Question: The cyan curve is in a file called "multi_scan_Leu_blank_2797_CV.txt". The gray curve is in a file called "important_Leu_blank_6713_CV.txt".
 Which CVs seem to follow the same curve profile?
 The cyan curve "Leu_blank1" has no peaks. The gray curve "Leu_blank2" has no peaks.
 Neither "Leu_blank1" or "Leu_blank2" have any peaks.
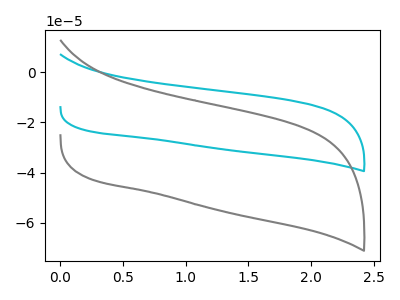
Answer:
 <answer>"Leu_blank2" and "Leu_blank1" have the same shape and are likely CV's of the same chemical.</answer>
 <eval>"Leu_blank2" "Leu_blank1"</eval>